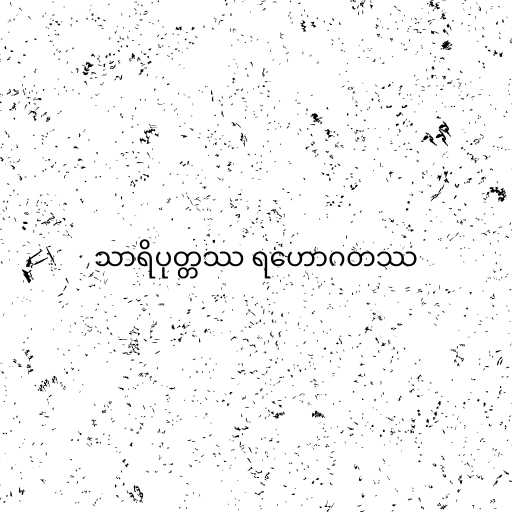
သာရိပုတ္တဿ ရဟောဂတဿ